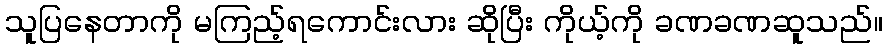
သူပြနေတာကို မကြည့်ရကောင်းလား ဆိုပြီး ကိုယ့်ကို ခဏခဏဆူသည်။